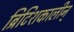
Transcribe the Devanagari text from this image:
ब्रिटिशकालीन्